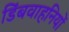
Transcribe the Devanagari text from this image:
डिंबवाहनियों